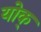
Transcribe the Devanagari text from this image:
योक्